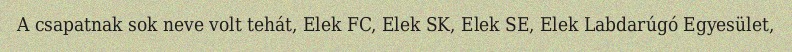
A csapatnak sok neve volt tehát, Elek FC, Elek SK, Elek SE, Elek Labdarúgó Egyesület,